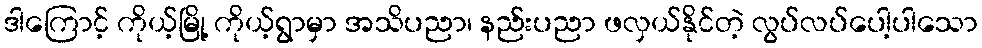
ဒါကြောင့် ကိုယ့်မြို့ ကိုယ့်ရွာမှာ အသိပညာ၊ နည်းပညာ ဖလှယ်နိုင်တဲ့ လွပ်လပ်ပေါ့ပါသော